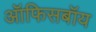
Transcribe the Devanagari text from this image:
ऑफिसबॉय